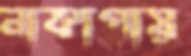
নাকাপায়